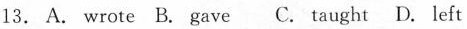
13.A. wrote B. gave C. taught D. lLeft